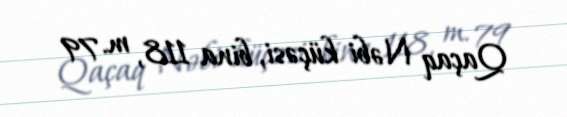
Qaçaq Nəbi küçəsi, bina 118, m. 79